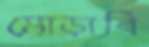
মোড়াবি